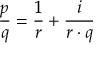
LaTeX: { \frac { p } { q } } = { \frac { 1 } { r } } + { \frac { i } { r \cdot q } }